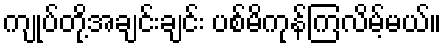
ကျုပ်တို့အချင်းချင်း ပစ်မိကုန်ကြလိမ့်မယ်။